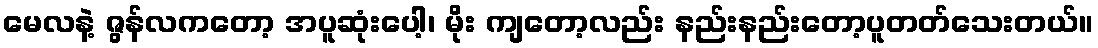
မေလနဲ့ ဇွန်လကတော့ အပူဆုံးပေါ့၊ မိုး ကျတော့လည်း နည်းနည်းတော့ပူတတ်သေးတယ်။